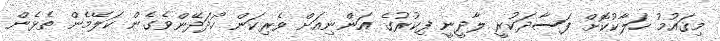
މިޤައުމު ހަލާކުކޮށް ފަސާދަކުރީ ލާދީނީ ފިކުރުގެ އަންނިއަށް ވެރިކަން ހޯދަދޭންވެގެން ކަލޭމެން ތެޅެން